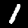
Digit: 1